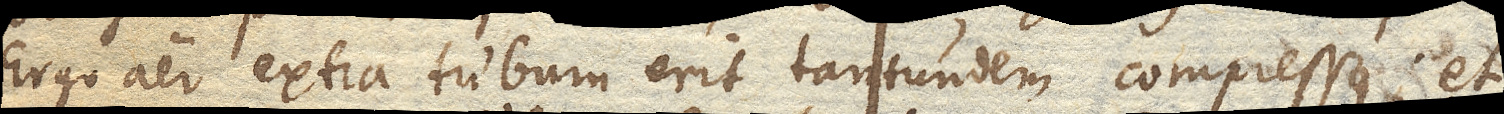
Ergo aer extra tubum erit tantundem compressus; et